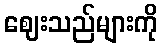
ဈေးသည်များကို